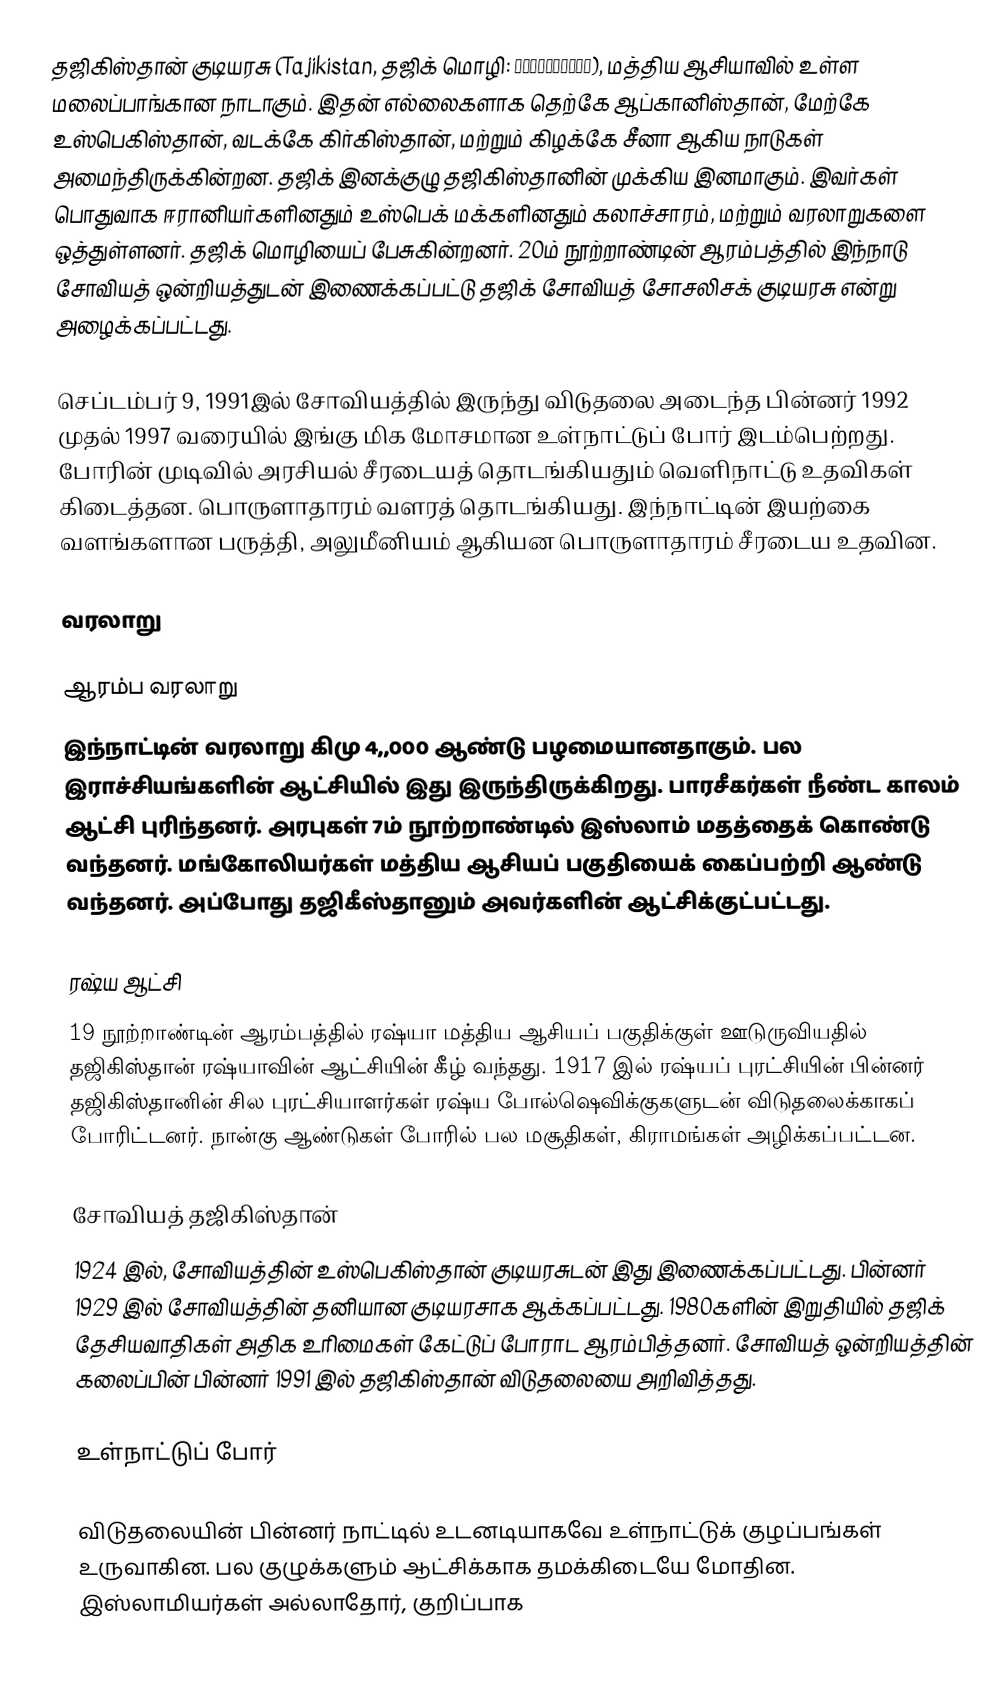
தஜிகிஸ்தான் குடியரசு (Tajikistan, தஜிக் மொழி: Тоҷикистон), மத்திய ஆசியாவில் உள்ள மலைப்பாங்கான நாடாகும். இதன் எல்லைகளாக தெற்கே ஆப்கானிஸ்தான், மேற்கே உஸ்பெகிஸ்தான், வடக்கே கிர்கிஸ்தான், மற்றும் கிழக்கே சீனா ஆகிய நாடுகள் அமைந்திருக்கின்றன. தஜிக் இனக்குழு தஜிகிஸ்தானின் முக்கிய இனமாகும். இவர்கள் பொதுவாக ஈரானியர்களினதும் உஸ்பெக் மக்களினதும் கலாச்சாரம், மற்றும் வரலாறுகளை ஒத்துள்ளனர். தஜிக் மொழியைப் பேசுகின்றனர். 20ம் நூற்றாண்டின் ஆரம்பத்தில் இந்நாடு சோவியத் ஒன்றியத்துடன் இணைக்கப்பட்டு தஜிக் சோவியத் சோசலிசக் குடியரசு என்று அழைக்கப்பட்டது.

செப்டம்பர் 9, 1991இல் சோவியத்தில் இருந்து விடுதலை அடைந்த பின்னர் 1992 முதல் 1997 வரையில் இங்கு மிக மோசமான உள்நாட்டுப் போர் இடம்பெற்றது. போரின் முடிவில் அரசியல் சீரடையத் தொடங்கியதும் வெளிநாட்டு உதவிகள் கிடைத்தன. பொருளாதாரம் வளரத் தொடங்கியது. இந்நாட்டின் இயற்கை வளங்களான பருத்தி, அலுமீனியம் ஆகியன பொருளாதாரம் சீரடைய உதவின.

வரலாறு

ஆரம்ப வரலாறு
இந்நாட்டின் வரலாறு கிமு 4,,000 ஆண்டு பழமையானதாகும். பல இராச்சியங்களின் ஆட்சியில் இது இருந்திருக்கிறது. பாரசீகர்கள் நீண்ட காலம் ஆட்சி புரிந்தனர். அரபுகள் 7ம் நூற்றாண்டில் இஸ்லாம் மதத்தைக் கொண்டு வந்தனர். மங்கோலியர்கள் மத்திய ஆசியப் பகுதியைக் கைப்பற்றி ஆண்டு வந்தனர். அப்போது தஜிகீஸ்தானும் அவர்களின் ஆட்சிக்குட்பட்டது.

ரஷ்ய ஆட்சி
19 நூற்றாண்டின் ஆரம்பத்தில் ரஷ்யா மத்திய ஆசியப் பகுதிக்குள் ஊடுருவியதில் தஜிகிஸ்தான் ரஷ்யாவின் ஆட்சியின் கீழ் வந்தது. 1917 இல் ரஷ்யப் புரட்சியின் பின்னர் தஜிகிஸ்தானின் சில புரட்சியாளர்கள் ரஷ்ய போல்ஷெவிக்குகளுடன் விடுதலைக்காகப் போரிட்டனர். நான்கு ஆண்டுகள் போரில் பல மசூதிகள், கிராமங்கள் அழிக்கப்பட்டன.

சோவியத் தஜிகிஸ்தான்
1924 இல், சோவியத்தின் உஸ்பெகிஸ்தான் குடியரசுடன் இது இணைக்கப்பட்டது. பின்னர் 1929 இல் சோவியத்தின் தனியான குடியரசாக ஆக்கப்பட்டது. 1980களின் இறுதியில் தஜிக் தேசியவாதிகள் அதிக உரிமைகள் கேட்டுப் போராட ஆரம்பித்தனர். சோவியத் ஒன்றியத்தின் கலைப்பின் பின்னர் 1991 இல் தஜிகிஸ்தான் விடுதலையை அறிவித்தது.

உள்நாட்டுப் போர்

விடுதலையின் பின்னர் நாட்டில் உடனடியாகவே உள்நாட்டுக் குழப்பங்கள் உருவாகின. பல குழுக்களும் ஆட்சிக்காக தமக்கிடையே மோதின. இஸ்லாமியர்கள் அல்லாதோர், குறிப்பாக